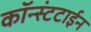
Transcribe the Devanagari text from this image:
कॉन्स्टंटाईन